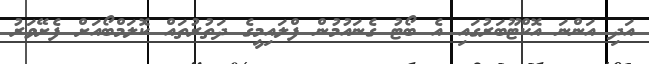
އަދި އަންނަ އޮކްޓޫބަރުގައި އެ ބޯޓު ގެނައުމުން ފްލައިމީގެ ދަތުރުތައް ކޮލަމްބޯއަށް ފެށޭވަރު